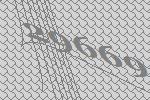
29669